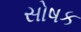
સોષક